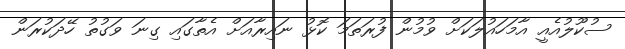
ސުކޫލުއެއީ އާމަހައުލަކަށް ވުމުން ފުރަތަމަ ކޮޅު ނައިރާއަށް އެތާގައި ގިނަ ވަގުތު ހޭދަކުރަން